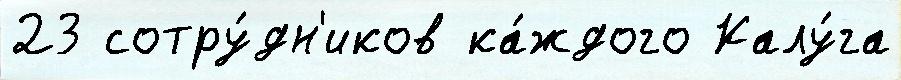
23 сотру́дн'иков ка́ждого Калу́га